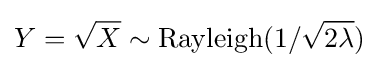
Y={\sqrt {X}}\sim \mathrm {Rayleigh} (1/{\sqrt {2\lambda }})